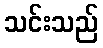
သင်းသည်